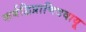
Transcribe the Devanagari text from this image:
कर्बद्विप्राणिदवायू